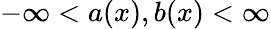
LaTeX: -\infty<a(x),b(x)<\infty